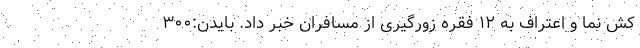
کش نما و اعتراف به ۱۲ فقره زورگیری از مسافران خبر داد. بایدن:۳۰۰